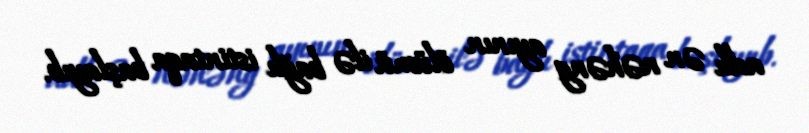
adlı ən nəhəng ayının ölümü ilə bağlı istintaqa başlayıb.